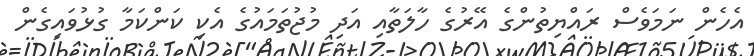
އެހެން ނަމަވެސް ރައްޔިތުންގެ އޭރުގެ ހާލަތާއި އަދި މުޖުތަމައުގެ އެކި ކަންކަމާ ގުޅުވައިގެން